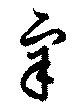
辛